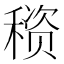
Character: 𰨳